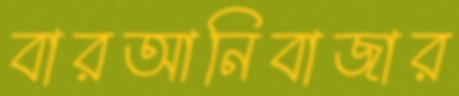
বারআনিবাজার